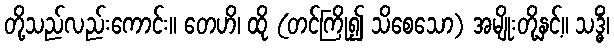
တို့သည်လည်းကောင်း။ တေဟိ၊ ထို (တင်ကြို၍ သိစေသော) အမျိုးတို့နှင့်။ သဒ္ဓိံ၊